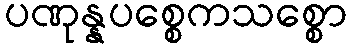
ပဏုန္နပစ္စေကသစ္စော